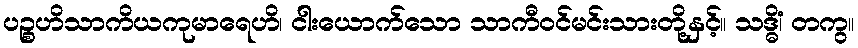
ပဉ္စဟိသာကိယကုမာရေဟိ၊ ငါးယောက်သော သာကီဝင်မင်းသားတို့နှင့်။ သဒ္ဓိံ၊ တကွ။